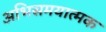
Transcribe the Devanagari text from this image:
अभिसमयात्मक